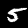
Digit: 5